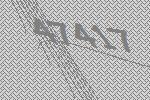
47417